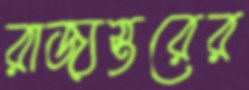
রাজ্যস্তরের